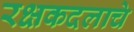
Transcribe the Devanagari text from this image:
रक्षकदलाचे